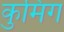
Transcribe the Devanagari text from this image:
कुमिंग